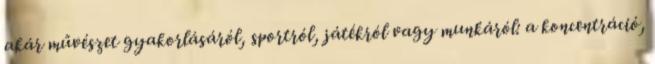
akár művészet gyakorlásáról, sportról, játékról vagy munkáról: a koncentráció,